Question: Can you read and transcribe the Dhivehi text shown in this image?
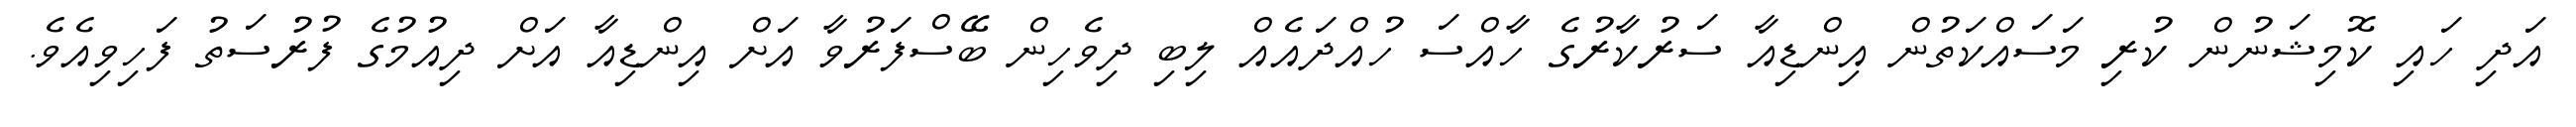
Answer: އަދި ހައި ކޮމިޝަނުން ކުރި މަސައްކަތުން އިންޑިއާ ސަރުކާރުގެ ހާއްސަ ހުއްދައެއް ލިބި ދިވެހިން ބޭސްފަރުވާ އަށް އިންޑިއާ އަށް ދިއުމުގެ ފުރުސަތު ފަހިވިއެވެ.